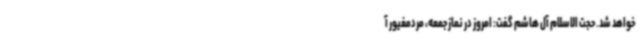
خواهد شد. حجت الاسلام آل هاشم گفت: امروز در نماز جمعه، مردمغیور آ